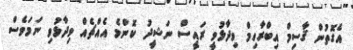
އެގޮތުން ޤާސިމް އިބްރާހިމް ވިދާޅުވީ ރައީސް ނަޝީދު ކޮންމެ އެއްޗެއް ވިދާޅުވި ނަމަވެސް